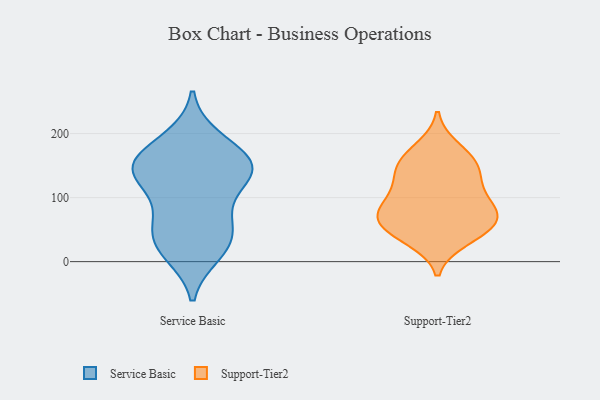
{"axis": {"x": "Shipments", "y": "Value"}, "legend": ["Service Basic", "Support-Tier2"], "data": [{"x": "", "y": 186, "type": "Service Basic"}, {"x": "", "y": 65, "type": "Service Basic"}, {"x": "", "y": 193, "type": "Service Basic"}, {"x": "", "y": 24, "type": "Service Basic"}, {"x": "", "y": 134, "type": "Service Basic"}, {"x": "", "y": 12, "type": "Service Basic"}, {"x": "", "y": 82, "type": "Service Basic"}, {"x": "", "y": 146, "type": "Service Basic"}, {"x": "", "y": 47, "type": "Service Basic"}, {"x": "", "y": 149, "type": "Service Basic"}, {"x": "", "y": 149, "type": "Service Basic"}, {"x": "", "y": 142, "type": "Service Basic"}, {"x": "", "y": 118, "type": "Service Basic"}, {"x": "", "y": 17, "type": "Service Basic"}, {"x": "", "y": 146, "type": "Service Basic"}, {"x": "", "y": 49, "type": "Service Basic"}, {"x": "", "y": 158, "type": "Service Basic"}, {"x": "", "y": 79, "type": "Support-Tier2"}, {"x": "", "y": 35, "type": "Support-Tier2"}, {"x": "", "y": 136, "type": "Support-Tier2"}, {"x": "", "y": 64, "type": "Support-Tier2"}, {"x": "", "y": 138, "type": "Support-Tier2"}, {"x": "", "y": 114, "type": "Support-Tier2"}, {"x": "", "y": 67, "type": "Support-Tier2"}, {"x": "", "y": 47, "type": "Support-Tier2"}, {"x": "", "y": 160, "type": "Support-Tier2"}, {"x": "", "y": 44, "type": "Support-Tier2"}, {"x": "", "y": 155, "type": "Support-Tier2"}, {"x": "", "y": 73, "type": "Support-Tier2"}, {"x": "", "y": 82, "type": "Support-Tier2"}, {"x": "", "y": 177, "type": "Support-Tier2"}, {"x": "", "y": 100, "type": "Support-Tier2"}]}